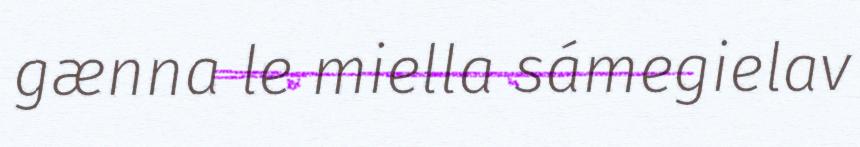
gænna le miella sámegielav